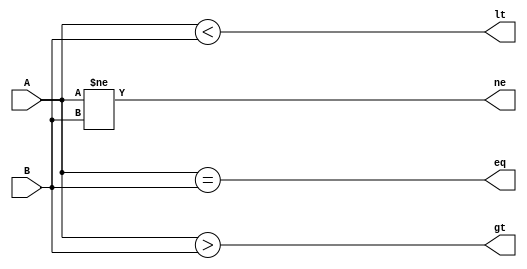
module comparator (
    input wire [7:0] A,
    input wire [7:0] B,
    output wire eq, // equal
    output wire ne, // not equal
    output wire gt, // greater than
    output wire lt // less than
);

assign eq = (A == B);
assign ne = (A != B);
assign gt = (A > B);
assign lt = (A < B);

endmodule